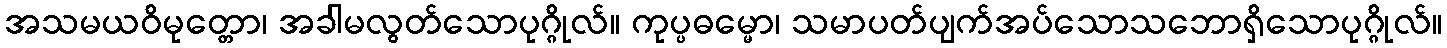
အသမယဝိမုတ္တော၊ အခါမလွတ်သောပုဂ္ဂိုလ်။ ကုပ္ပဓမ္မော၊ သမာပတ်ပျက်အပ်သောသဘောရှိသောပုဂ္ဂိုလ်။